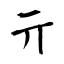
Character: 亓